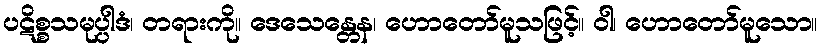
ပဋိစ္စသမုပ္ပါဒံ၊ တရားကို။ ဒေသေန္တေန၊ ဟောတော်မူသဖြင့်။ ဝါ၊ ဟောတော်မူသော။